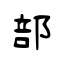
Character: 部